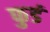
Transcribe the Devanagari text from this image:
फुडं